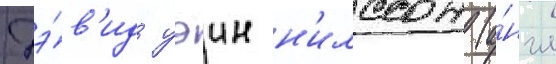
Дэ́в'ид уэин н'илссон (а́нгл